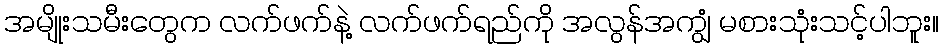
အမျိုးသမီးတွေက လက်ဖက်နဲ့ လက်ဖက်ရည်ကို အလွန်အကျွံ မစားသုံးသင့်ပါဘူး။